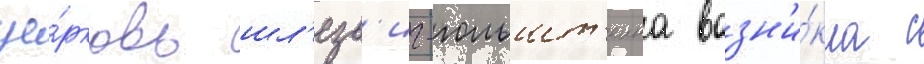
це́рковь шл'езв'иг-гольшт'еина возн'и́кла с